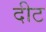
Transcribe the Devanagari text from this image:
दीट